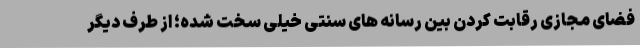
فضای مجازی رقابت کردن بین رسانه های سنتی خیلی سخت شده؛ از طرف دیگر